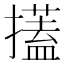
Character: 𢷞